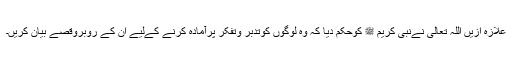
علازہ ازیں اللہ تعالیٰ نےنبی کریم ﷺ کوحکم دیا کہ وہ لوگوں کوتدبر وتفکر پرآمادہ کرنے کےلیے ان کے روبروقصے بیان کریں۔